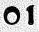
O1